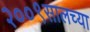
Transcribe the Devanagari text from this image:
२००९सालच्या